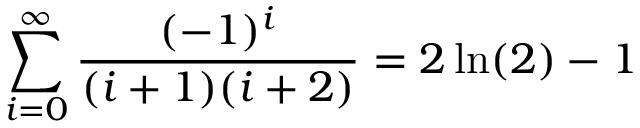
\sum _ { i = 0 } ^ { \infty } { \frac { ( - 1 ) ^ { i } } { ( i + 1 ) ( i + 2 ) } } = 2 \ln ( 2 ) - 1